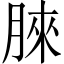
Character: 𣍿